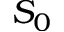
S _ { 0 }